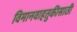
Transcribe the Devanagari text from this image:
विमानवाहतुकीसाठी